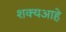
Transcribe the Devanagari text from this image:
शक्यआहे